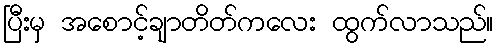
ပြီးမှ အစောင့်ချာတိတ်ကလေး ထွက်လာသည်။